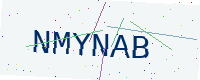
Text: NMYNAB